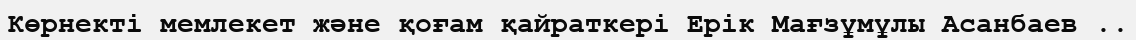
Көрнекті мемлекет және қоғам қайраткері Ерік Мағзұмұлы Асанбаев ..